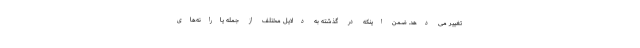
تغییر می دهد. ضمن اینکه در گذشته به دلایل مختلف از جمله یارانه‌های